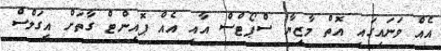
އެއް ވަނައިގައި އޮތް މާޒިޔާ ސްޕޯޓްސް އާއި އެއް ޕޮއިންޓް ގާތަށް އީގަލްސް